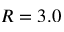
R = 3 . 0